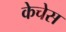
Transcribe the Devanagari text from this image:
केचेस